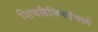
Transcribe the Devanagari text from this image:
शिवसैनिकांमध्ये